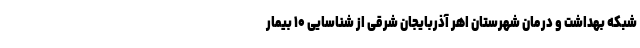
شبکه بهداشت و درمان شهرستان اهر آذربایجان شرقی از شناسایی ۱۰ بیمار